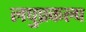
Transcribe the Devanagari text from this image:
लघुप्रकल्प